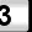
Digit: 3